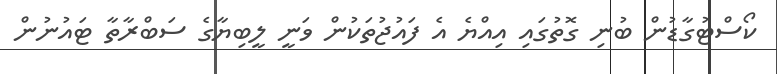
ކޯސްޓުގާޑުން ބުނި ގޮތުގައި އިއްޔެ އެ ފައުޖުތަކުން ވަނީ ލީބިޔާގެ ސަބްރާތާ ޓައުނުން